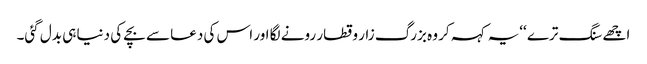
اچھے سنگ ترے ‘‘یہ کہہ کر وہ بزرگ زار و قطار رونے لگا اور اس کی دعا سے بچے کی دنیا ہی بدل گئی۔